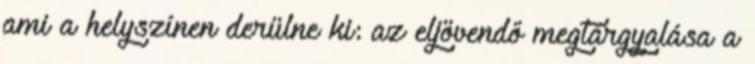
ami a helyszínen derülne ki: az eljövendő megtárgyalása a